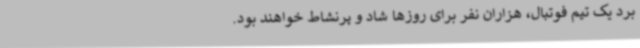
برد یک تیم فوتبال، هزاران نفر برای روزها شاد و پرنشاط خواهند بود.